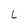
Character: L